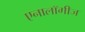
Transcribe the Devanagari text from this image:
एनालॉगीज